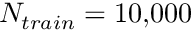
N _ { t r a i n } = 1 0 \small { , } 0 0 0